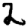
Digit: 2